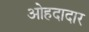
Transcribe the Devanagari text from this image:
ओहदादार